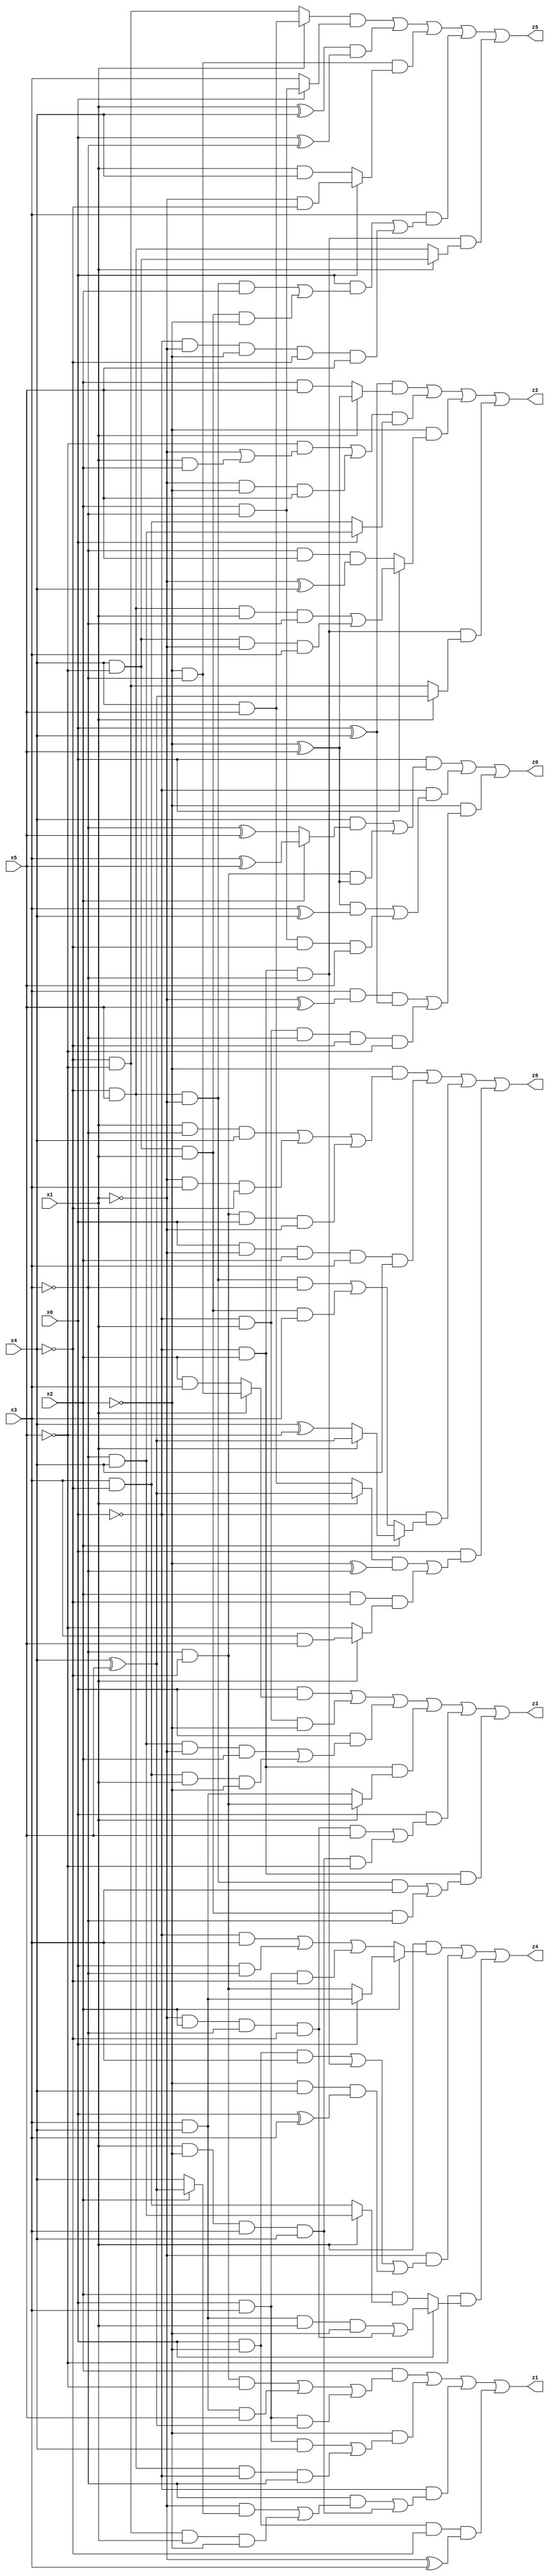
// Benchmark "X_9" written by ABC on Wed Jun 07 16:09:56 2023

module X_37 ( 
    x0, x1, x2, x3, x4, x5,
    z0, z1, z2, z3, z4, z5, z6  );
  input  x0, x1, x2, x3, x4, x5;
  output z0, z1, z2, z3, z4, z5, z6;
  assign z0 = (x0 & ((x4 & (x2 ? (x3 ^ x5) : (~x3 ^ x5))) | (~x3 & ~x4 & (~x2 ^ x5)))) | (~x0 & (((~x2 ^ x5) & (x3 ^ x4)) | (x2 & ~x3 & ~x4 & x5))) | (~x2 & ((x3 & (~x1 ^ x5) & (x0 ^ x4)) | (~x0 & x1 & ~x3 & ~x4 & ~x5)));
  assign z1 = (x2 & ((~x3 & ~x4 & ~x5) | (x3 & x4 & x5) | (x0 & x3 & (x4 ^ x5)))) | (~x2 & ((x0 & x3 & x4) | (~x4 & x5 & ~x0 & ~x3))) | (~x0 & ((~x3 & ((~x1 & (x2 ? (x4 ^ x5) : x4)) | (~x4 & ~x5 & x1 & ~x2))) | (x1 & ~x2 & x3 & x4))) | (x0 & ~x2 & ~x4 & (~x1 ^ x3));
  assign z2 = ((x0 ^ x4) & (x1 ? (~x2 ^ x5) : (x2 & x5))) | (((~x5 & (~x1 | (x1 & x2))) | (~x1 & ~x2 & x5)) & (x0 ? (~x3 & x4) : (x3 & ~x4))) | (~x2 & (x0 ? ((~x4 & x5 & x1 & ~x3) | (x4 & ~x5 & ~x1 & x3)) : (~x3 & x5 & (~x1 ^ x4)))) | (~x0 & x2 & ~x3 & (x1 ? (x4 ^ x5) : (~x4 & ~x5)));
  assign z3 = (x0 & (x1 ? (~x2 & ~x3) : (x2 & x3))) | (~x0 & x1 & ~x2) | (x0 & ((~x3 & x4 & ~x1 & x2) | (x3 & ~x4 & x1 & ~x2))) | (~x0 & x2 & (x1 ? (~x3 & ~x4) : (x3 & x4))) | (x0 & ((~x1 & x2 & ~x3 & ~x4 & x5) | (x1 & ~x2 & x3 & x4 & ~x5))) | (~x0 & x2 & ((~x4 & x5 & ~x1 & x3) | (x4 & ~x5 & x1 & ~x3)));
  assign z4 = (x1 & (x2 ? (x0 ? (x3 & x4) : (~x3 & ~x4)) : ((~x0 & x3) | (x0 & ~x3) | (x0 & x3 & ~x4)))) | (~x1 & ((x0 & ~x2 & x3) | (~x0 & x2 & ~x3) | (~x2 & x4 & (x0 ^ x3)))) | (~x5 & (x0 ? ((x3 & x4 & x1 & ~x2) | (~x1 & x2 & ~x3 & ~x4)) : (x2 & (x1 ? (~x3 & x4) : (x3 & ~x4)))));
  assign z5 = ((x1 ? (x4 & x5) : (~x4 & ~x5)) & (x0 ? (x2 & ~x3) : x3)) | ((x1 ^ x4) & (x0 ^ ~x3)) | (~x2 & ~x3 & (x0 ? (~x1 & ~x4) : (x1 & x4))) | (x3 & ((x0 & ((~x4 & x5 & ~x1 & x2) | (x4 & ~x5 & x1 & ~x2))) | (~x0 & ~x1 & ~x2 & ~x4 & x5))) | (~x0 & x2 & ~x3 & (x1 ? (x4 & ~x5) : (~x4 & x5)));
  assign z6 = (~x2 & ((x1 & ~x3 & x4) | (~x1 & x3 & ~x4) | (~x3 & ~x4 & x0 & ~x1))) | (x0 & ~x1 & x2 & x3 & x4) | (~x0 & (x2 ? (x1 ? (x4 ^ x5) : (x4 ^ ~x5)) : ((~x4 & x5 & ~x1 & ~x3) | (x4 & ~x5 & x1 & x3)))) | (x0 & (((x1 ? (x4 ^ x5) : (x4 & x5)) & (~x2 ^ ~x3)) | (x2 & ~x4 & (x1 ? (x3 & x5) : ~x5))));
endmodule